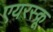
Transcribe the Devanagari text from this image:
एयरस्क्रू